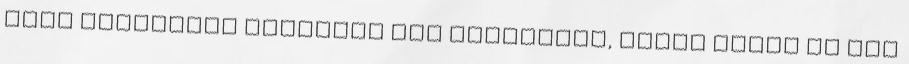
ezen aspektusa ragadott meg leginkább, tehát főleg az AIR